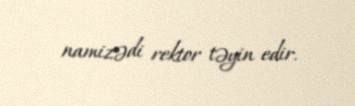
namizədi rektor təyin edir.